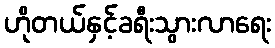
ဟိုတယ်နှင့်ခရီးသွားလာရေး